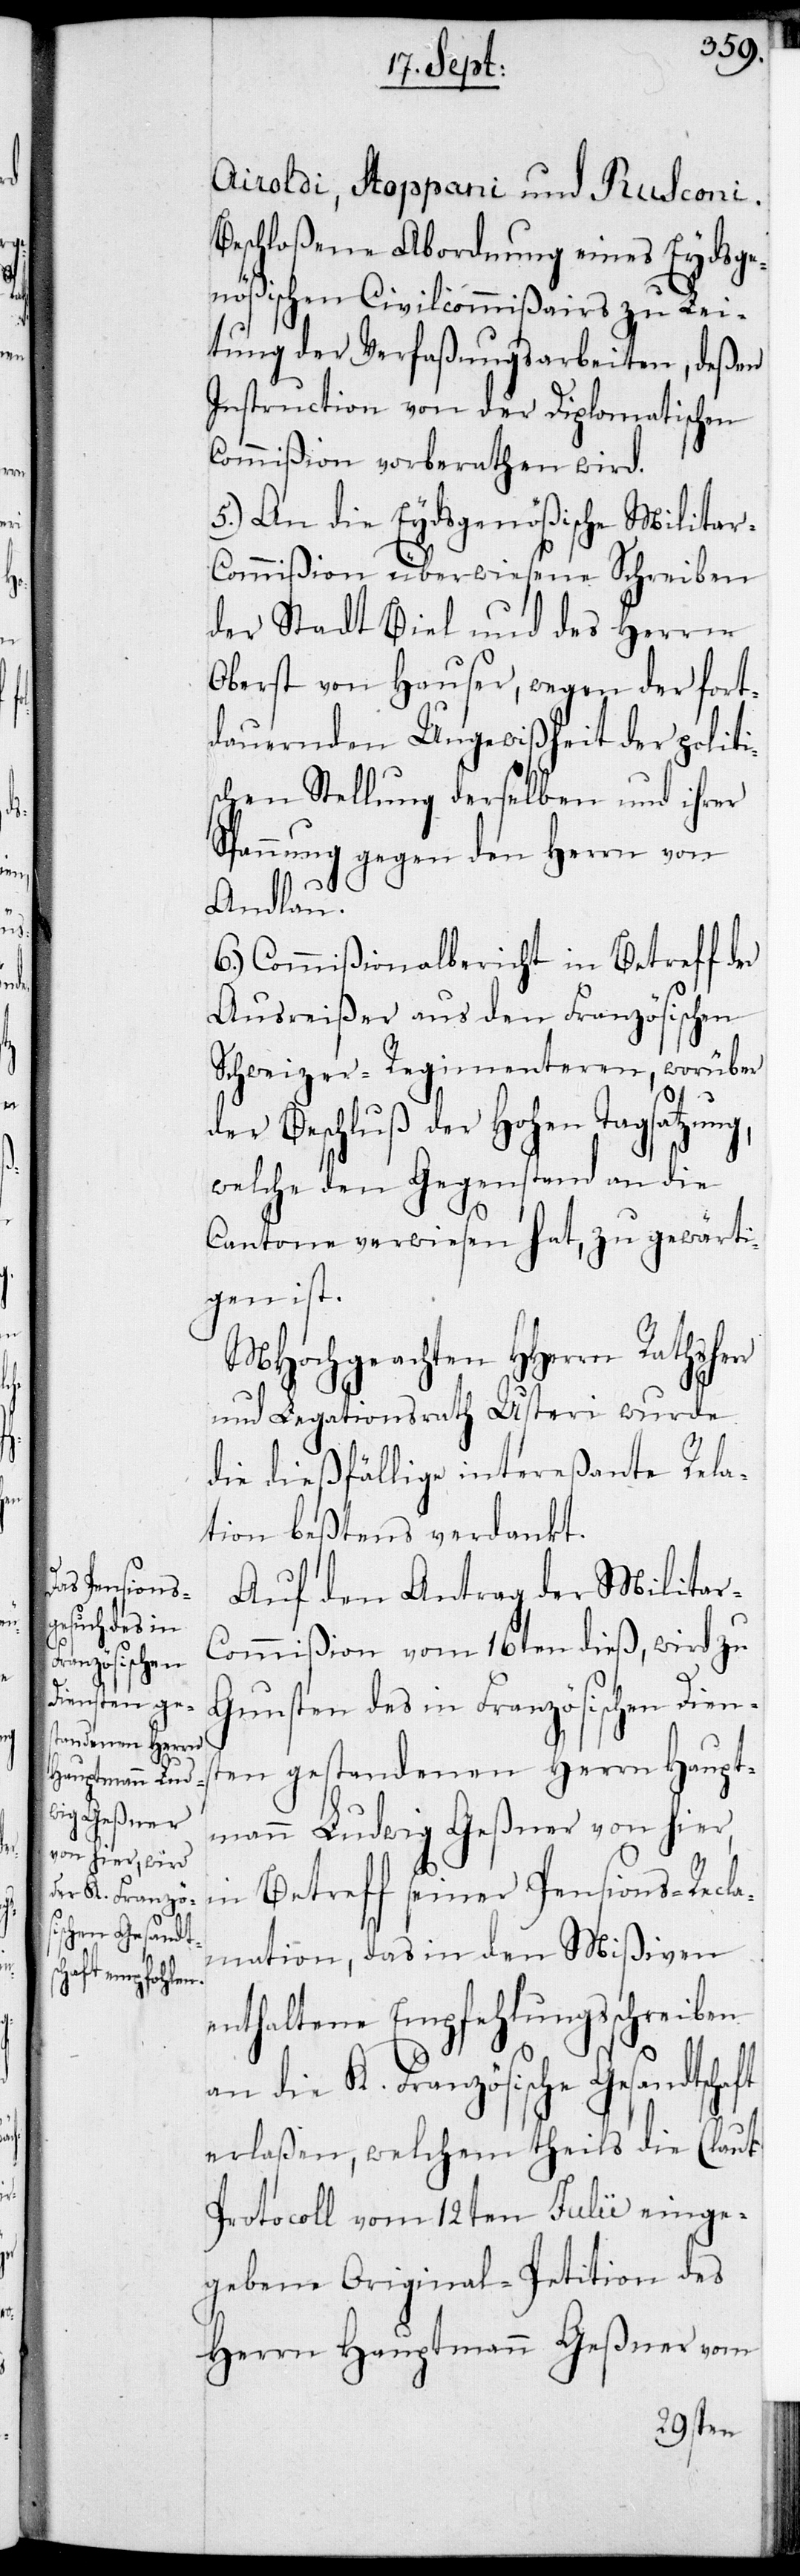
Airoldi, Stoppani und Rusconi.
Beschloßene Abordnung eines Eydsge¬
nößischen Civilcommißairs zu Lei¬
tung der Verfaßungsarbeiten, deßen
Instruction von der Diplomatischen
Commißion vorberathen wird.
5.) An die Eydsgenößische Milita¬
r-Commißion überwiesene Schreiben
der Stadt Biel und des Herrn
Oberst von Hauser, wegen der fort¬
dauernden Ungewißheit der politi¬
schen Stellung derselben und ihrer
Spannung gegen den Herrn von
aft
Andlau.
6.) Commißionalbericht in Betreff der
Ausreißer aus den Französischen
Schweizer-Regimenteren, worüber
der Beschluß der Hohen Tagsatzung,
welche den Gegenstand an die
Cantone verwiesen hat, zu gewärti¬
gen ist.
MHochgeachten HHerrn Rathshe¬
und Legationsrath Usteri wurde
die dießfällige intereßante Rela¬
tion beßtens verdankt.
Auf den Antrag der Militar-C¬
ommißion vom 16ten dieß, wird zu
Gunsten des in Französischen Diens¬
ten gestandenen Herrn Haupt¬
mann Ludwig Geßner von hier,
in Betreff seiner Pensions-Recla¬
mation, das in den Mißiven
enthaltene Empfehlungsschreiben
an die K. Französische Gesandtsch¬
erlaßen, welchem theils die (laut
Protocoll vom 12ten Julii) einge¬
gebene Original-Petition des
Herrn Hauptmann Geßner vom